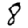
Digit: 8